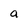
Character: a